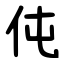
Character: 伅